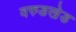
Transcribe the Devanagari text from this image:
वरुडखेड